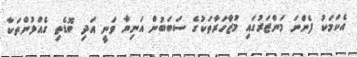
އެކަމަކު ފެންނަ މަންޒަރުގައި މުޒާހަރާތަކުގެ ސަބަބުން އަނިޔާ ވަނީ އަދި ބޮޑެތި ގެއްލުންތަކާ